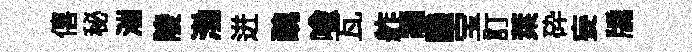
僖秘湍陵渤迸醜喻瓦舴牆譏宝訂萊砕妄牖